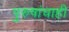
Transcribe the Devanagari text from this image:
पुरुषांचाही